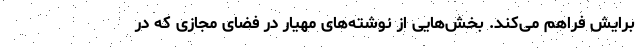
برایش فراهم می‌کند. بخش‌هایی از نوشته‌های مهیار در فضای مجازی که در